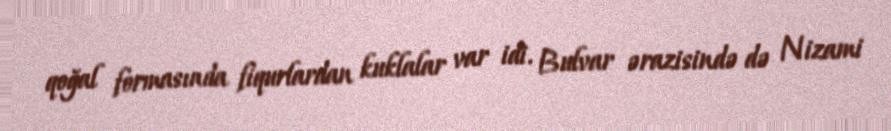
qoğal formasında fiqurlardan kuklalar var idi. Bulvar ərazisində də Nizami